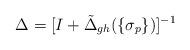
LaTeX: \begin{align*}\Delta=[I+\tilde\Delta_{gh}(\{\sigma_p\})]^{-1}\end{align*}